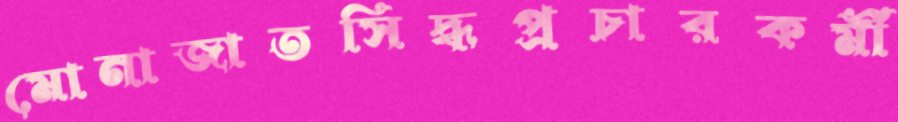
মোনাজাতসিদ্ধপ্রচারকর্মী